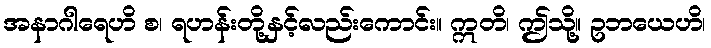
အနာဂါရေဟိ စ၊ ရဟန်းတို့နှင့်လည်းကောင်း။ ဣတိ၊ ဤသို့။ ဥဘယေဟိ၊